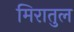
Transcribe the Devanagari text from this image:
मिरातुल